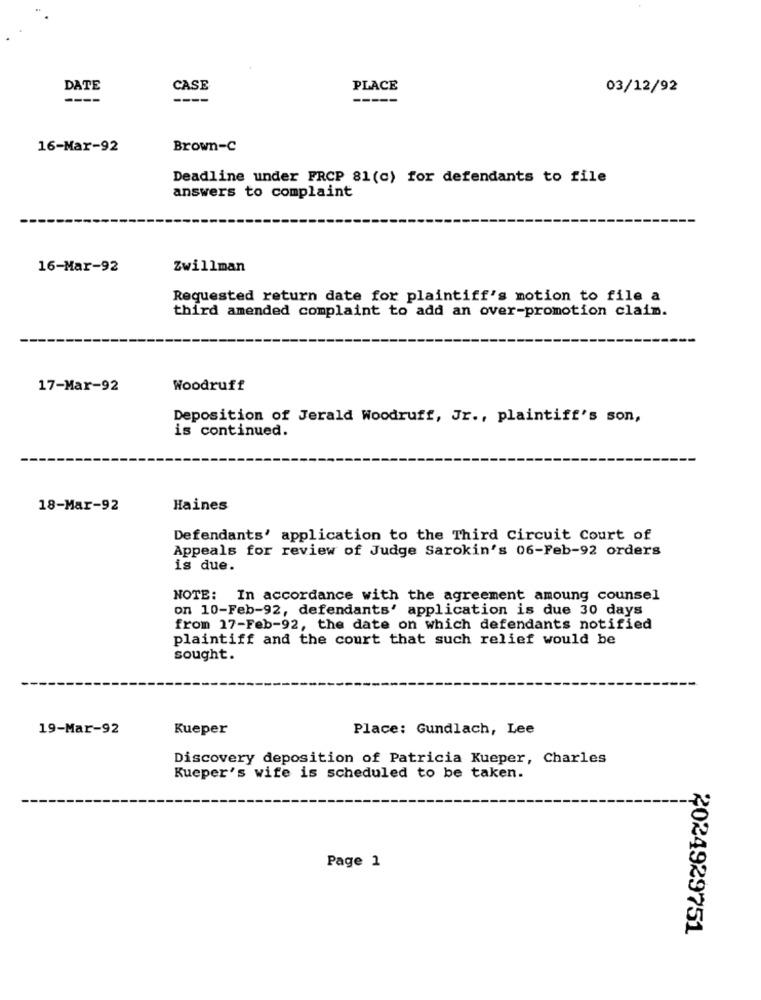
DATE
CASE
PLACE
03/12/92
16-Mar-92
Brown-C
Deadline under FRCP 81(c) for defendants to file
answers to complaint
16-Mar-92
Zwillman
Requested return date for plaintiff's motion to file a
third amended complaint to add an over-promotion clain.
17-Mar-92
Woodruff
Deposition of Jerald Woodruff, Jr ., plaintiff's son,
is continued.
18-Mar-92
Haines
Defendants' application to the Third Circuit Court of
Appeals for review of Judge Sarokin's 06-Feb-92 orders
is due.
NOTE: In accordance with the agreement amoung counsel
on 10-Feb-92, defendants' application is due 30 days
from 17-Feb-92, the date on which defendants notified
plaintiff and the court that such relief would be
sought.
19-Mar-92
Kueper
Place: Gundlach, Lee
Discovery deposition of Patricia Kueper, Charles
Kueper's wife is scheduled to be taken.
Page 1
2024929751